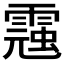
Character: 𩃾